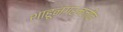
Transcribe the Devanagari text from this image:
शाहूनगरनजीक